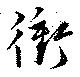
衝